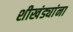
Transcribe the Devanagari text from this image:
शीखंड्यांना